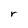
Character: r